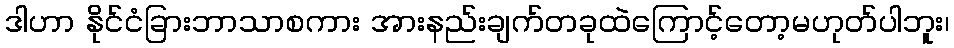
ဒါဟာ နိုင်ငံခြားဘာသာစကား အားနည်းချက်တခုထဲကြောင့်တော့မဟုတ်ပါဘူး၊